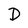
Character: D